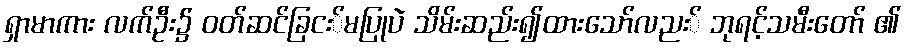
ရှာမာကား လက်ဦး၌ ဝတ်ဆင်ခြငး်မပြုပဲ သိမ်းဆည်း၍ထားသော်လညး် ဘုရင့်သမီးတော် ၏